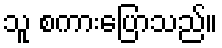
သူ စကားပြောသည်။